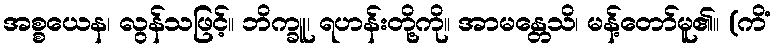
အစ္စယေန၊ လွန်သဖြင့်။ ဘိက္ခူ၊ ရဟန်းတို့ကို။ အာမန္တေသိ၊ မန့်တော်မူ၏။ (ကိံ